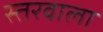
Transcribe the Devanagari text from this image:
स्तरवाला